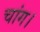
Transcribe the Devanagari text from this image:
चांग।